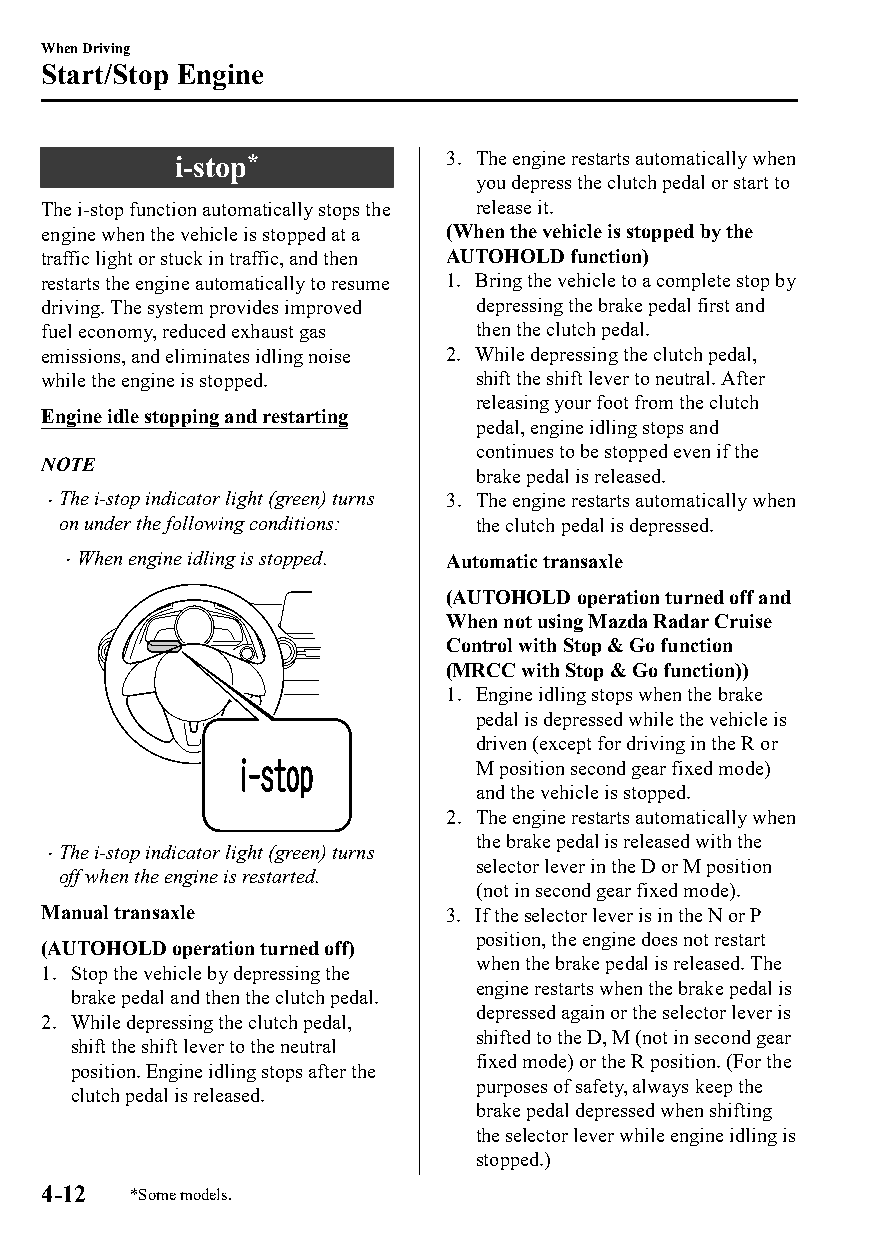
When Driving
 Start/Stop Engine
 i-stop*           3. The engine restarts automatically when
 you depress the clutch pedal or start to
 The i-stop function automatically stops the release it.
 engine when the vehicle is stopped at a (When the vehicle is stopped by the
 traffic light or stuck in traffic, and then AUTOHOLD function)
 restarts the engine automatically to resume 1. Bring the vehicle to a complete stop by
 driving. The system provides improved depressing the brake pedal first and
 fuel economy, reduced exhaust gas then the clutch pedal.
 emissions, and eliminates idling noise 2. While depressing the clutch pedal,
 while the engine is stopped. shift the shift lever to neutral. After
 releasing your foot from the clutch
 Engine idle stopping and restarting
 pedal, engine idling stops and
 continues to be stopped even if the
 NOTE
 brake pedal is released.
 The i-stop indicator light (green) turns 3. The engine restarts automatically when
 on under the following conditions: the clutch pedal is depressed.
 When engine idling is stopped. Automatic transaxle
 (AUTOHOLD operation turned off and
 When not using Mazda Radar Cruise
 Control with Stop & Go function
 (MRCC with Stop & Go function))
 1. Engine idling stops when the brake
 pedal is depressed while the vehicle is
 driven (except for driving in the R or
 M position second gear fixed mode)
 and the vehicle is stopped.
 2. The engine restarts automatically when
 the brake pedal is released with the
 The i-stop indicator light (green) turns
                            selector lever in the D or M position
 off when the engine is restarted.
 (not in second gear fixed mode).
 Manual transaxle           3. If the selector lever is in the N or P
 position, the engine does not restart
 (AUTOHOLD operation turned off)
 when the brake pedal is released. The
 1. Stop the vehicle by depressing the
 engine restarts when the brake pedal is
 brake pedal and then the clutch pedal.
 depressed again or the selector lever is
 2. While depressing the clutch pedal,
 shifted to the D, M (not in second gear
 shift the shift lever to the neutral
 fixed mode) or the R position. (For the
 position. Engine idling stops after the
 purposes of safety, always keep the
 clutch pedal is released.
 brake pedal depressed when shifting
 the selector lever while engine idling is
 stopped.)
 4-12  *Some models.
 CX-3_8GT4-EE-18D_Edition4                  2018-9-6 18:32:19